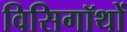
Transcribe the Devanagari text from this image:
विसिगॉथों